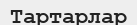
Тартарлар